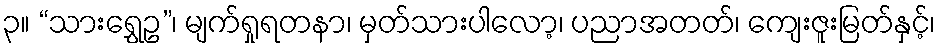
၃။ “သားရွှေဥ”၊ မျက်ရှုရတနာ၊ မှတ်သားပါလော့၊ ပညာအတတ်၊ ကျေးဇူးမြတ်နှင့်၊